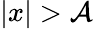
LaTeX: |x|>\mathcal{A}